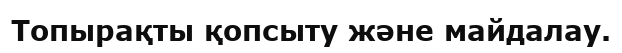
Топырақты қопсыту және майдалау.